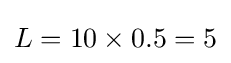
L=10\times 0.5=5